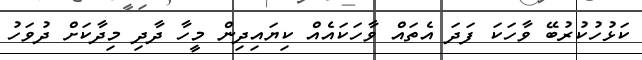
ކަޅުހުކުރުބޭ ވާހަކަ ފަދަ އެތައް ވާހަކައެއް ކިޔައިދިން މީހާ ދާދި މިދާކަށް ދުވަހު